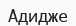
Адидже